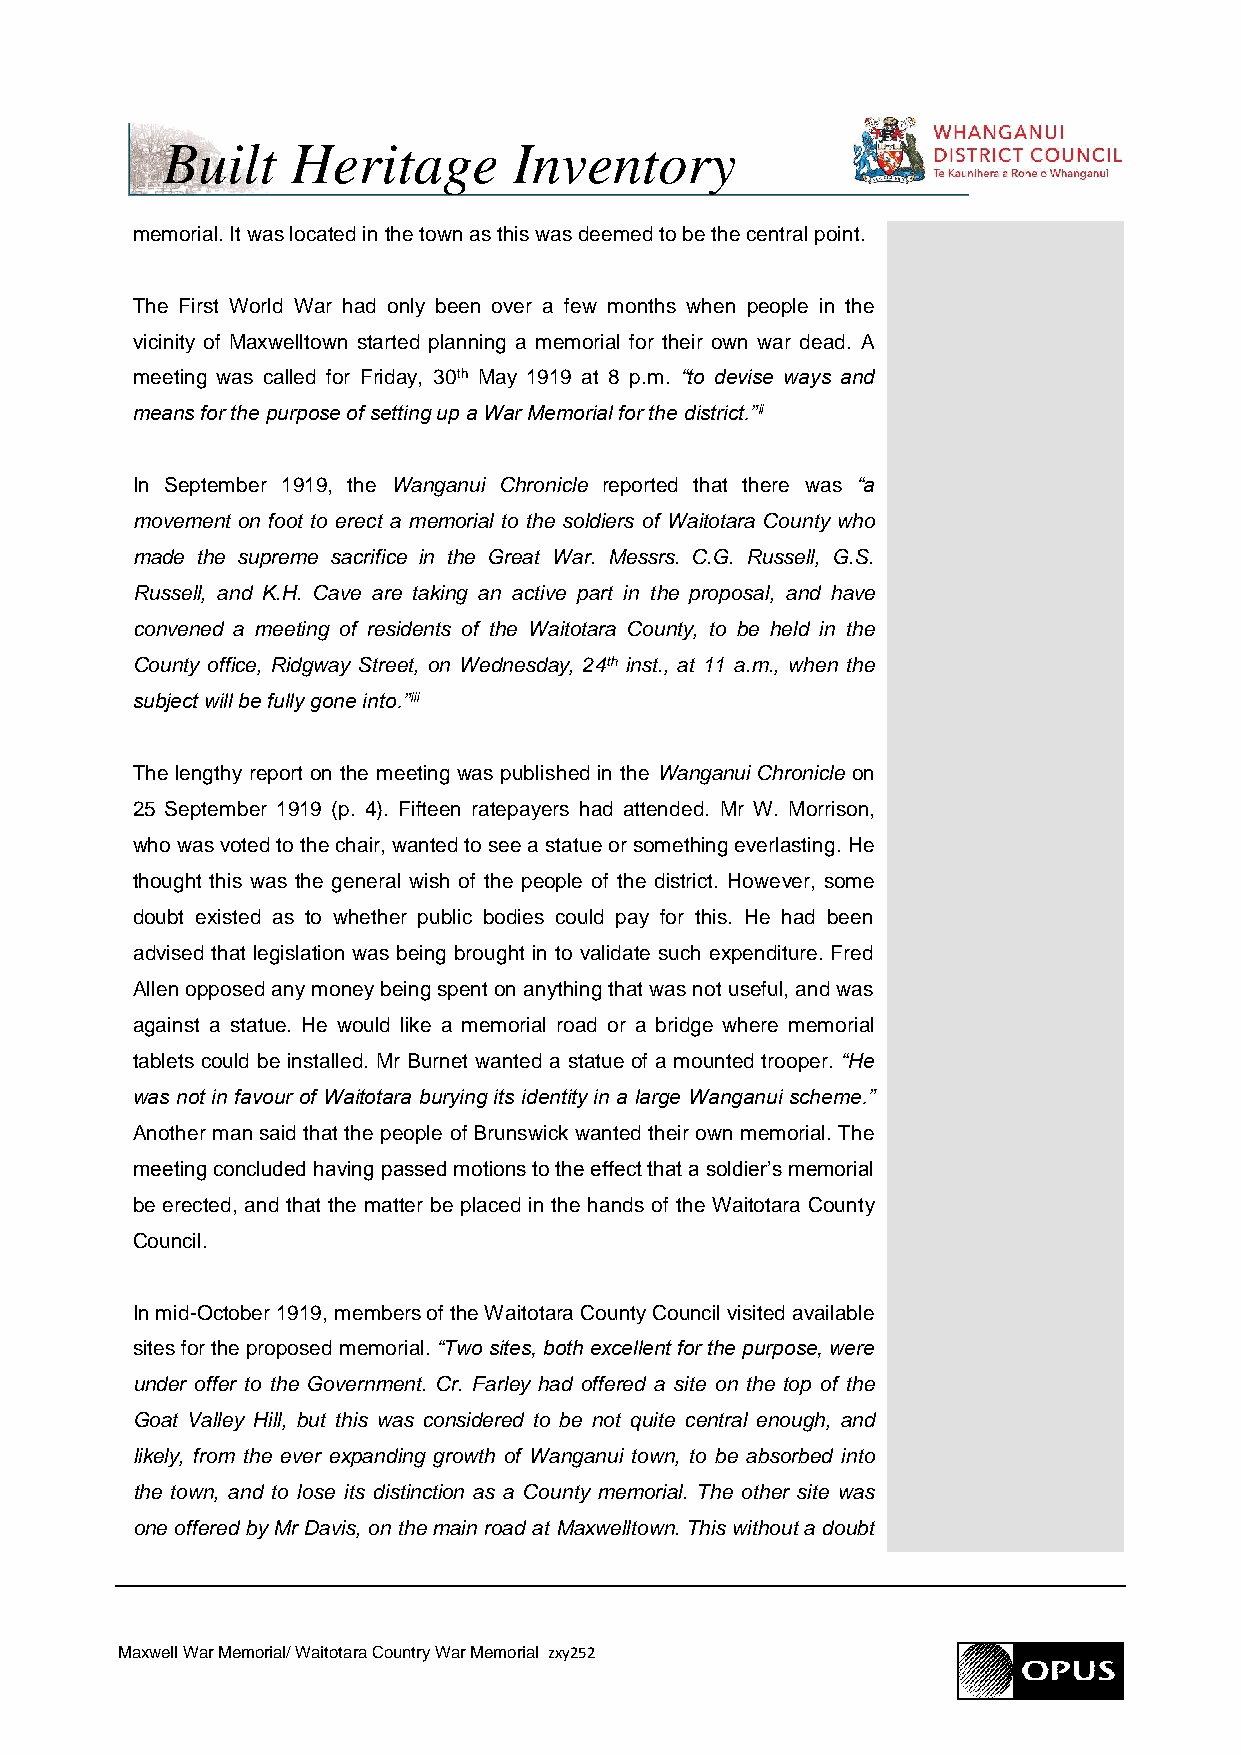
Built   Heritage       Inventory
 memorial. It was located in the town as this was deemed to be the central point.
 The First World War had only been over a few months when people in the
 vicinity of Maxwelltown started planning a memorial for their own war dead. A
 meeting was called for Friday, 30th May 1919 at 8 p.m. “to devise ways and
 means for the purpose of setting up a War Memorial for the district.”ii
 In September 1919, the Wanganui Chronicle reported that there was “a
 movement on foot to erect a memorial to the soldiers of Waitotara County who
 made the supreme sacrifice in the Great War. Messrs. C.G. Russell, G.S.
 Russell, and K.H. Cave are taking an active part in the proposal, and have
 convened a meeting of residents of the Waitotara County, to be held in the
 County office, Ridgway Street, on Wednesday, 24th inst., at 11 a.m., when the
 subject will be fully gone into.”iii
 The lengthy report on the meeting was published in the Wanganui Chronicle on
 25 September 1919 (p. 4). Fifteen ratepayers had attended. Mr W. Morrison,
 who was voted to the chair, wanted to see a statue or something everlasting. He
 thought this was the general wish of the people of the district. However, some
 doubt existed as to whether public bodies could pay for this. He had been
 advised that legislation was being brought in to validate such expenditure. Fred
 Allen opposed any money being spent on anything that was not useful, and was
 against a statue. He would like a memorial road or a bridge where memorial
 tablets could be installed. Mr Burnet wanted a statue of a mounted trooper. “He
 was not in favour of Waitotara burying its identity in a large Wanganui scheme.”
 Another man said that the people of Brunswick wanted their own memorial. The
 meeting concluded having passed motions to the effect that a soldier’s memorial
 be erected, and that the matter be placed in the hands of the Waitotara County
 Council.
 In mid-October 1919, members of the Waitotara County Council visited available
 sites for the proposed memorial. “Two sites, both excellent for the purpose, were
 under offer to the Government. Cr. Farley had offered a site on the top of the
 Goat Valley Hill, but this was considered to be not quite central enough, and
 likely, from the ever expanding growth of Wanganui town, to be absorbed into
 the town, and to lose its distinction as a County memorial. The other site was
 one offered by Mr Davis, on the main road at Maxwelltown. This without a doubt
 Maxwell War Memorial/ Waitotara Country War Memorial zxy252